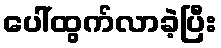
ပေါ်ထွက်လာခဲ့ပြီး